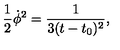
{ \frac { 1 } { 2 } \dot { \phi } ^ { 2 } = \frac { 1 } { 3 ( t - t _ { 0 } ) ^ { 2 } } , }